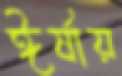
ঈর্ষায়